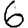
Digit: 6